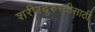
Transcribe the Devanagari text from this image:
शरीरदुरुस्तीसाठी